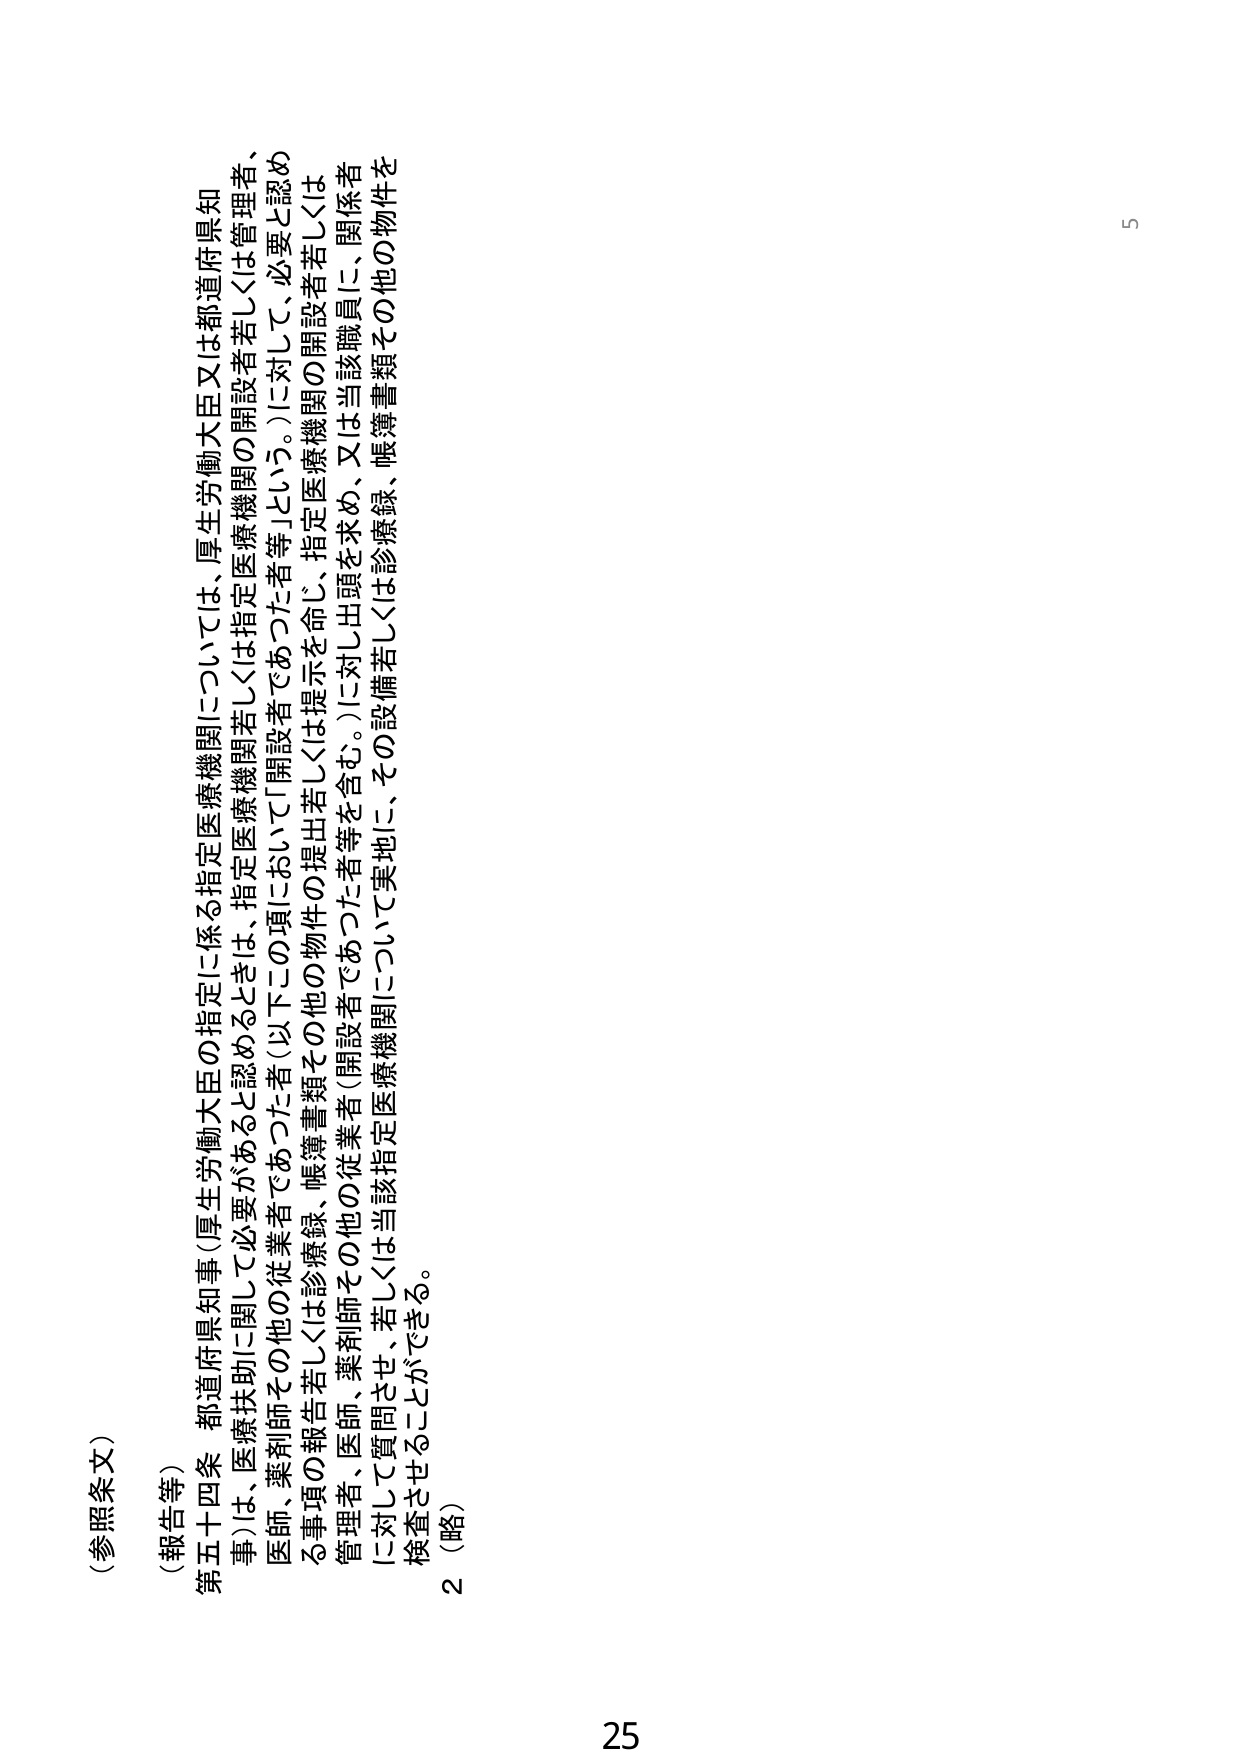
（参照条文）

（報告等）

第五十四条　都道府県知事（厚生労働大臣の指定に係る指定医療機関については、厚生労働大臣又は都道府県知事）は、医療扶助に関して必要があると認めるときは、指定医療機関若しくは指定医療機関の開設者若しくは管理者、医師、薬剤師その他の従業者であった者（以下この項において「開設者であった者等」という。）に対して、必要と認めること項の報告若しくは診療録、帳簿書類その他の物件の提出若しくは提示を命じ、指定医療機関の開設者若しくは管理者、医師、薬剤師その他の従業者（開設者であった者等を含む。）に対して出頭を求め、又は当該職員に、関係者に対して質問させ、若しくは当該指定医療機関について実地に、その設備若しくは診療録、帳簿書類その他の物件を検査させることができる。

2（略）

25

5